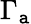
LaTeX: \Gamma_{\mathtt{a}}